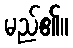
မည်၏။